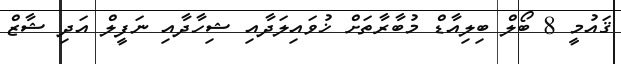
ޤައުމީ 8 ބޯލް ބިލިއާޑް މުބާރާތަށް ޚުވައިލަދާއި ޝިހާދާއި ނަފީލް އަދި ޝާޒް